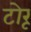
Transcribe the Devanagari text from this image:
टोरू